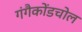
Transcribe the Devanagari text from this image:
गंगैकोंडचोल